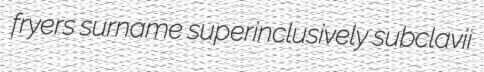
fryers surname superinclusively subclavii